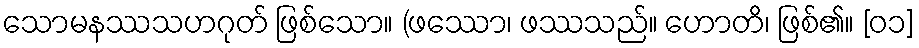
သောမနဿသဟဂုတ် ဖြစ်သော။ (ဖဿော၊ ဖဿသည်။ ဟောတိ၊ ဖြစ်၏။ [၀၁]